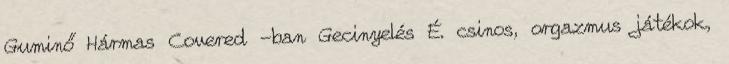
Guminő Hármas Covered -ban Gecinyelés É. csinos, orgazmus játékok,